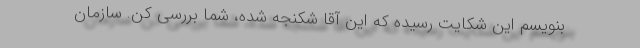
بنویسم این شکایت رسیده که این آقا شکنجه شده، شما بررسی کن. سازمان